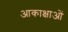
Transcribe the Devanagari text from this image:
आकाक्षाओं